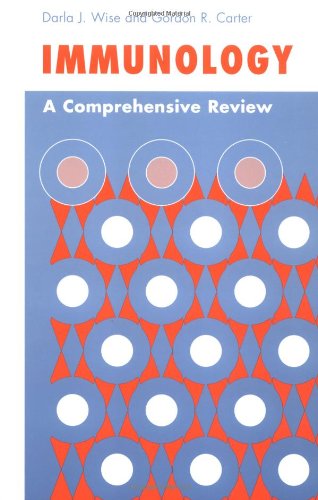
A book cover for Immunology: A Comprehensive Review; Darla J. Wise; Medical Books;